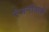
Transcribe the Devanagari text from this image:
रंजनोंवाले